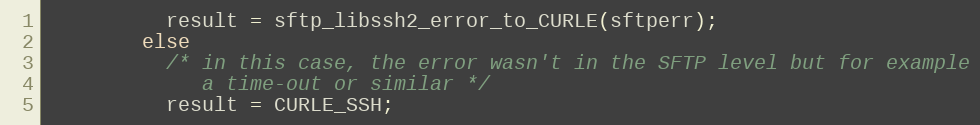
Language: C
          result = sftp_libssh2_error_to_CURLE(sftperr);
        else
          /* in this case, the error wasn't in the SFTP level but for example
             a time-out or similar */
          result = CURLE_SSH;